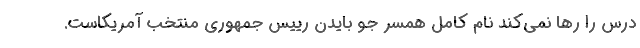
درس را رها نمی‌کند نام کامل همسر جو بایدن رییس جمهوری منتخب آمریکاست.